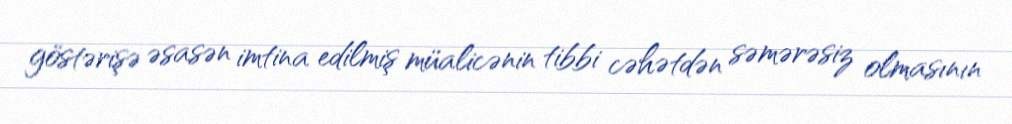
göstərişə əsasən imtina edilmiş müalicənin tibbi cəhətdən səmərəsiz olmasının